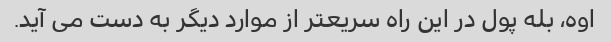
اوه، بله پول در این راه سریعتر از موارد دیگر به دست می آید.